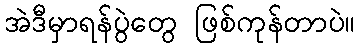
အဲဒီမှာရန်ပွဲတွေ ဖြစ်ကုန်တာပဲ။